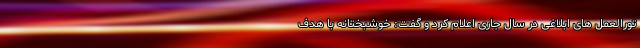
تورالعمل های ابلاغی در سال جاری اعلام کرد و گفت: خوشبختانه با هدف